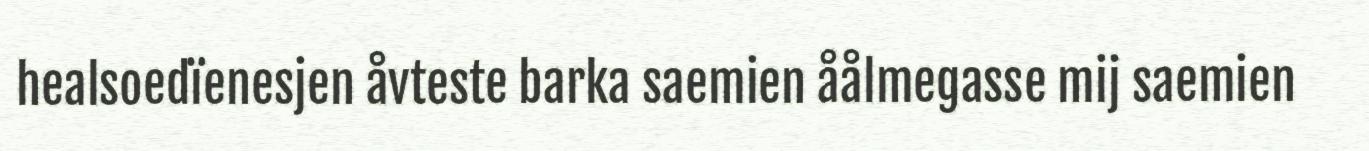
healsoedïenesjen åvteste barka saemien åålmegasse mij saemien